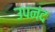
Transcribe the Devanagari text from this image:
उपनंद